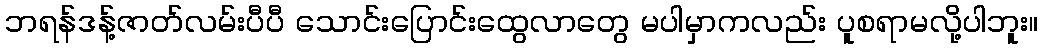
ဘရန်ဒန့်ဇာတ်လမ်းပီပီ သောင်းပြောင်းထွေလာတွေ မပါမှာကလည်း ပူစရာမလို့ပါဘူး။